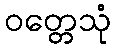
ဝတ္တေသုံ